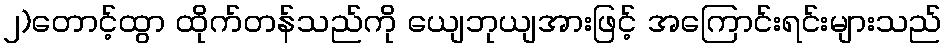
၂)တောင့်ထွာ ထိုက်တန်သည်ကို ယျေဘုယျအားဖြင့် အကြောင်းရင်းများသည်